Kominterni_Eesti_sektsioon_Moskvas, lk 26
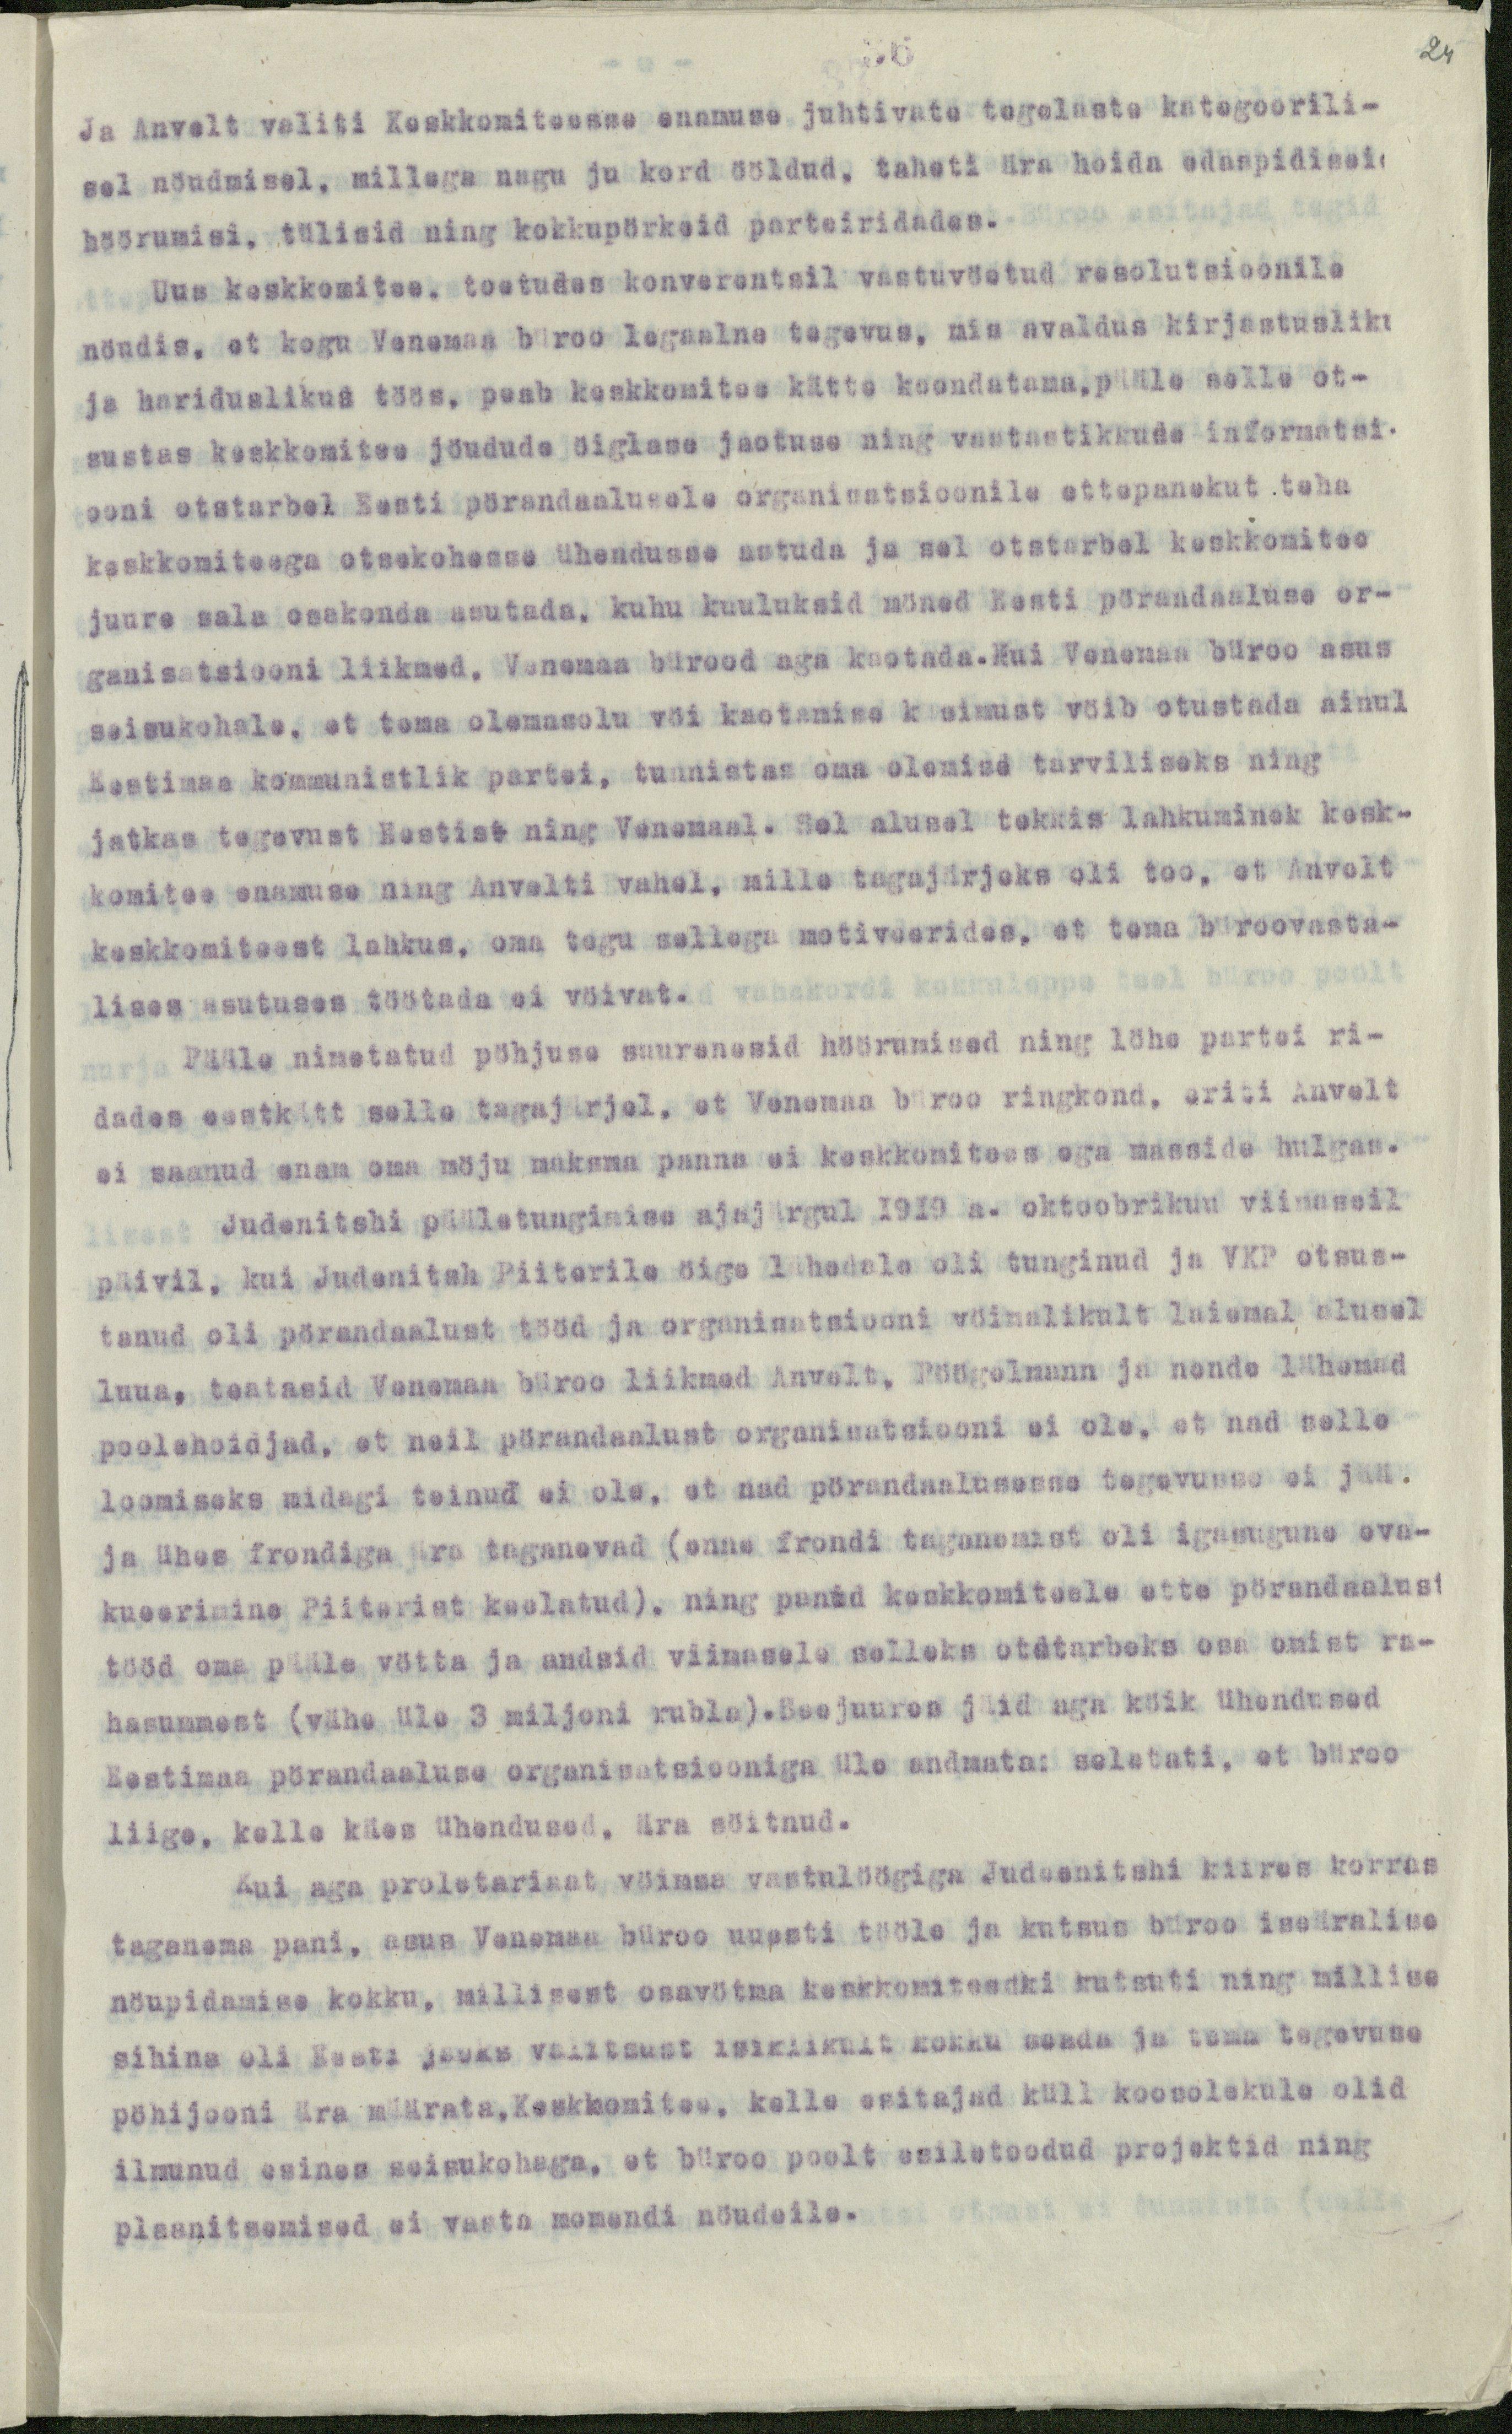
36
Ja Anvelt valiti Keskkomiteesse enamuse juhtivate tegelaste kategoorili-
sel nöudmisel, millega nagu ju kord ööldud, taheti ära hoida edaspidiseid
höörumisi, tülisid ning kokkupörkeid parteiridades.
Uus keskkomitee, toetudes konverentsil vastuvöetud resolutsioonile
nöudis, et kogu Venemaa büroo legaalne tegevus, mis avaldus kirjastusliku
ja hariduslikus töös, peab keskkomitee kätte koondatama, pääle selle ot-
sustas keskkomitee jöudude öiglase jaotuse ning vastastikkuse informatsi-
ooni otstarbel Eesti pörandaalusele organisatsioonile ettepanekut teha
keskkomiteega otsekohesse ühendusse astuda ja sel otstarbel keskkomitee
juure sala osakonda asutada, kuhu kuuluksid möned Eesti pörandaaluse or-
ganisatsiooni liikmed, Vanemaa bürood aga kaotada. Kui Venenaa büroo asus
seisukohale, et tema olemasolu vöi kaotamise küsimust vöib otustada ainul
Eestimaa kommunistlik partei, tunnistas oma olemise tarviliseks ning
jatkas tegevust Eestist ning Venemaal. Sel alusel tekkis lahkuminek kesk-
komitee enamuse ning Anvelti vahel, mille tagajärjeks oli too, et Anvelt
keskkomiteest lahkus, oma tegu sellega motiveerides, et tema büroovasta-
lises asutuses töötada ei vöivat.
Pääle nimetatud pöhjuse suurenesid höörumised ning löhe partei ri-
dades eestkätt selle tagajärjel, et Venemaa büroo ringkond, eriti Anvelt
ei saanud enam oma möju maksma panna ei keskkomitees aga masside hulgas.
Judenitshi pääletungimise ajajärgul 1919 a. oktoobrikuu viimaseil
päivil, kui Judenitsh Piiterile öige lähedale oli tunginud ja VKP otsus-
tanud oli pörandaalust tööd ja organisatsiooni vöimalikult laiemal alusel
luua, teatasid Venemaa büroo liikmed Anvelt, Pöögelmann ja nende lähemad
poolehoidjad, et neil pörandaalust organisatsiooni ei ole, et nad selle
loomiseks midagi teinud ei ole, et nad pörandaalusesse tegevusse ei jää.
ja ühes frondiga ära taganevad (enne frondi taganemist oli igasugune eva-
kueerimine Piiterist keelatud), ning panid keskkomiteele ette pörandaalust
tööd oma pääle vötta ja andsid viimasele selleks otstarbeks osa omist ra-
hasummest (vähe üle 3 miljoni rubla).Seejuures jäid aga köik ühendused
Eestimaa pörandaaluse organisatsiooniga üle andmata: seletati, et büroo
liige, kelle käes ühendused, ära söitnud.
Kui aga proletariaat vöimsa vastulöögiga Judeenitshi kiires korras
taganema pani, asus Venemaa büroo uuesti tööle ja kutsus büroo iseäralise
nöupidamise kokku, millisest osavötma keskkomiteedki kutsuti ning millise
sihina oli Eesti jaoks valitsust isiklikult kokku seada ja tema tegevuse
pöhijooni ära määrata, Keskkomitee, kelle esitajad küll koosolekule olid
ilmunud esines seisukohaga, et büroo poolt esiletoodud projektid ning
plaanitsemised ei vasta momendi nöudeile.

24